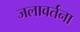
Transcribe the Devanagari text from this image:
जलावर्तना